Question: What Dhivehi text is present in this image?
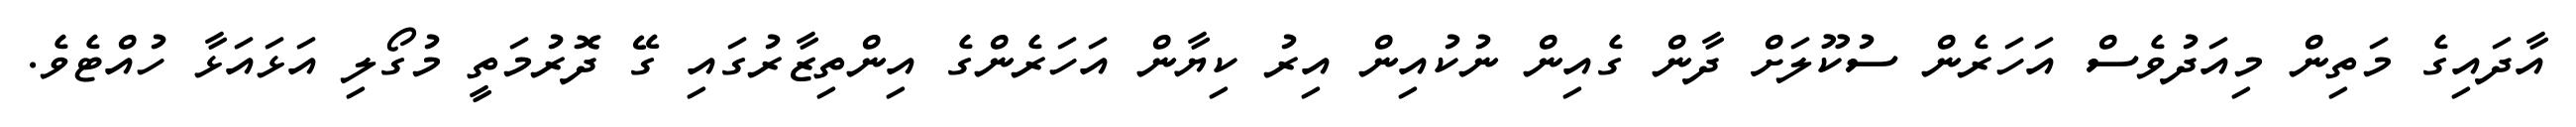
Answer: އާދައިގެ މަތިން މިއަދުވެސް އަހަރެން ސުކޫލަށް ދާން ގެއިން ނުކުއިން އިރު ކިޔާން އަހަރެންގެ އިންތިޒާރުގައި ގޭ ދޮރުމަތީ މުގޯލި އަޅައަޅާ ހުއްޓެވެ.